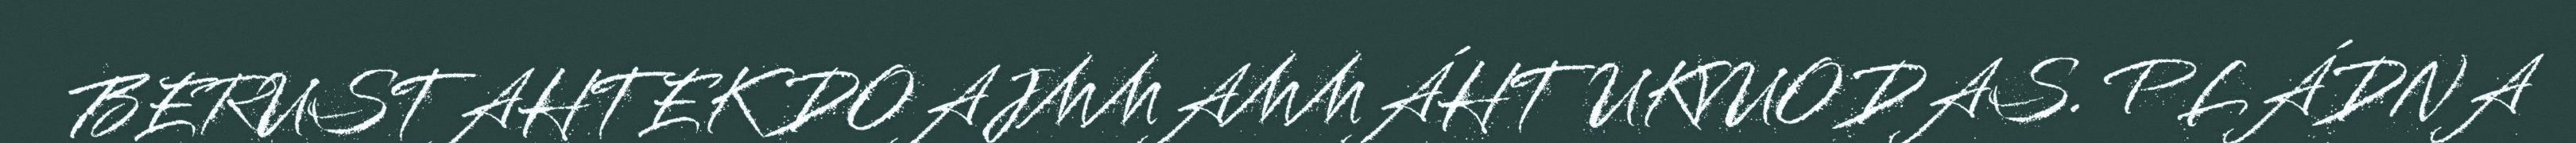
BERUSTAHTEK DOAJMMAMMÁHTUKVUODAS. PLÁDNA